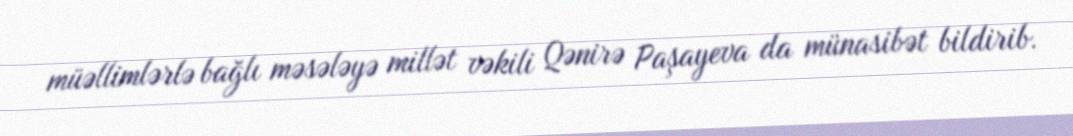
müəllimlərlə bağlı məsələyə millət vəkili Qənirə Paşayeva da münasibət bildirib.